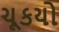
ચૂકયો